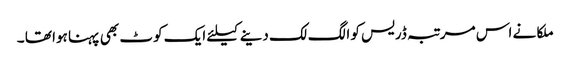
ملکا نے اس مرتبہ ڈریس کو الگ لک دینے کیلئے ایک کوٹ بھی پہنا ہوا تھا ۔